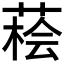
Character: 𦷭